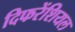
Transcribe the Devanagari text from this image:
दिफरेंशियल